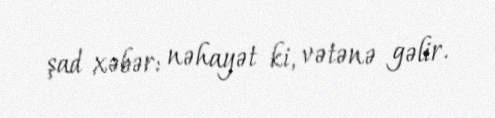
şad xəbər: nəhayət ki, vətənə gəlir.